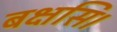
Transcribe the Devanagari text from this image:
बक्षसि।